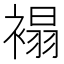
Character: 褟